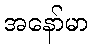
အနော်မာ